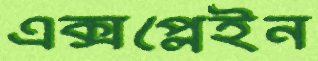
এক্সপ্লেইন